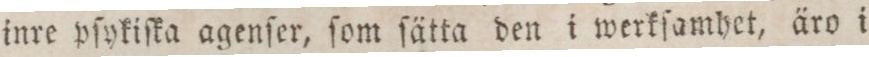
inre pſykiſka agenſer, ſom ſätta den i werkſamhet, äro i